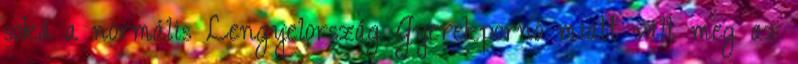
soká a normális Lengyelország Gyerekpornó miatt vált meg az